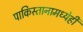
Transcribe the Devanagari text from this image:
पाकिस्तानामध्येही